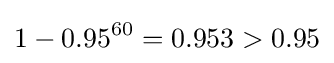
1-0.95^{60}=0.953>0.95